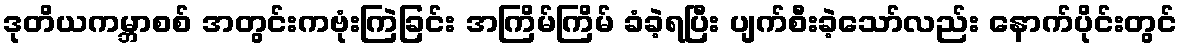
ဒုတိယကမ္ဘာစစ် အတွင်းကဗုံးကြဲခြင်း အကြိမ်ကြိမ် ခံခဲ့ရပြီး ပျက်စီးခဲ့သော်လည်း နောက်ပိုင်းတွင်